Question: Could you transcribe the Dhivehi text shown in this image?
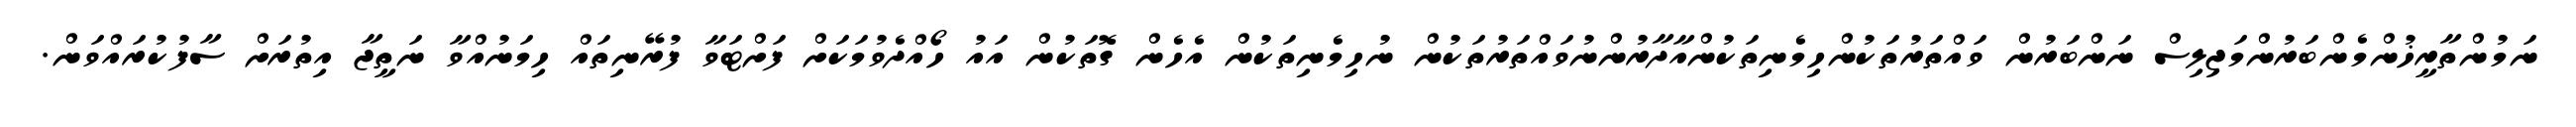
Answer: ނަމުންތާރީޚުންމެންބަރުންމަޖިލިސް ނަންބަރުން ވައްތަރުތަކުންހިމެނިތަކުންއާދާރުންނުވައްތަރުތަކުން ނުހިމެނިތަކުން އެހެން ގޮތަކުން އައު ހޯއްދެވުމަކަށް ފަށްޓަވާ ފުރޭނިތައް ހިމަނުއްވާ ނަތީޖާ އިތުރަށް ސާފުކުރައްވަން.